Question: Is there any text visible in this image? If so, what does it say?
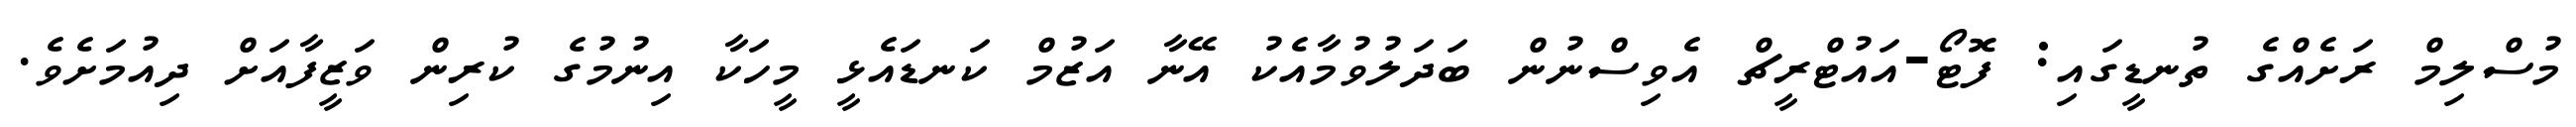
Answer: މުސްލިމް ރަށެއްގެ ތުނޑީގައި: ފޮޓޯ-އައުޓްރީޗް އެވިސްނުން ބަދަލުވުމާއެކު އޭނާ އަޒުމް ކަނޑައެޅީ މީހަކާ އިނުމުގެ ކުރިން ވަޒީފާއަށް ދިއުމަށެވެ.